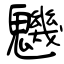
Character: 魕